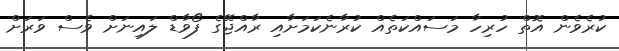
ކުރެވެން އޮތް ހުރިހާ މަސައްކަތެއް ކުރާނެކަމަށާއި ރާއްޖޭގެ ފޯވާޑް ލައިނަށް ވެސް ވަރަށް